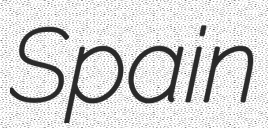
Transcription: Spain